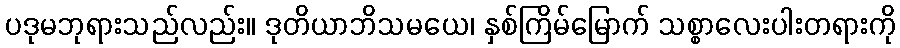
ပဒုမဘုရားသည်လည်း။ ဒုတိယာဘိသမယေ၊ နှစ်ကြိမ်မြောက် သစ္စာလေးပါးတရားကို